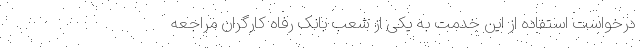
درخواست استفاده از این خدمت به یکی از شعب بانک رفاه کارگران مراجعه